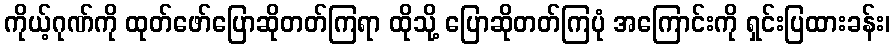
ကိုယ့်ဂုဏ်ကို ထုတ်ဖော်ပြောဆိုတတ်ကြရာ ထိုသို့ ပြောဆိုတတ်ကြပုံ အကြောင်းကို ရှင်းပြထားခန်း၊